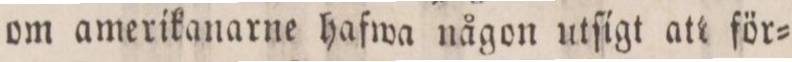
om amerikanarne hafwa någon utſigt att för=